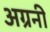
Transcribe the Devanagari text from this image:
अग्रनी